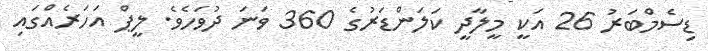
ޑިސެމްބަރު 26 އަކީ މީލާދީ ކަލަންޑަރުގެ 360 ވަނަ ދުވަހެވެ. ލީޕް އަހަރެއްގައި